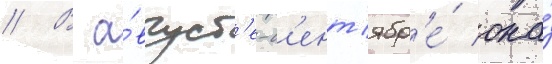
// В а́вгуст'е-с'ент'ябр'е́ она́